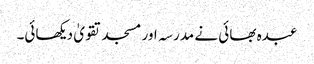
عبدہ بھائی نے مدرسہ اور مسجد تقویٰ دیکھائی۔